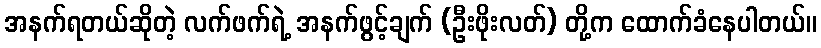
အနက်ရတယ်ဆိုတဲ့ လက်ဖက်ရဲ့ အနက်ဖွင့်ချက် (ဦးဖိုးလတ်) တို့က ထောက်ခံနေပါတယ်။